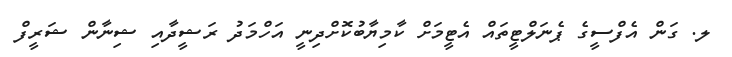
ލ. ގަން އެފްސީގެ ޕެނަލްޓީތައް އެޓީމަށް ކާމިޔާބުކޮށްދިނީ އަހްމަދު ރަޝީދާއި ޝިނާން ޝަރީފް